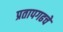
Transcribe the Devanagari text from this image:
प्रतापगढचे